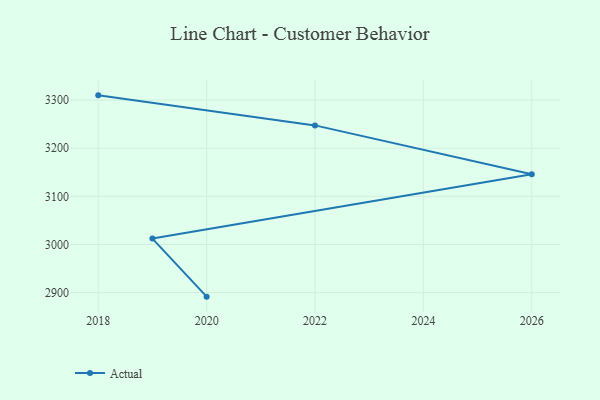
{"axis": {"x": "Year", "y": "Customer Acquisition Cost (USD)"}, "legend": ["Actual"], "data": [{"x": "2020", "y": 2891.6, "type": "Actual"}, {"x": "2019", "y": 3012.2, "type": "Actual"}, {"x": "2026", "y": 3145.9, "type": "Actual"}, {"x": "2022", "y": 3247.4, "type": "Actual"}, {"x": "2018", "y": 3309.8, "type": "Actual"}]}